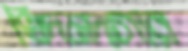
খিদমদগার